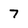
Character: 7